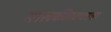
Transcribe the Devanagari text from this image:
मालकीहक्काचा